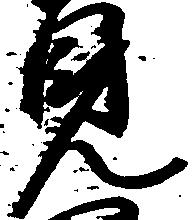
見